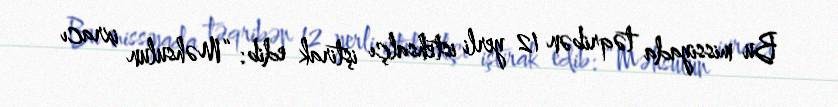
Bu missiyada təqribən 12 yerli istehsalçı iştirak edib: “Məhsulun ixracı